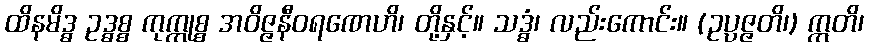
ထိနမိဒ္ဓ ဥဒ္ဓစ္စ ကုက္ကုစ္စ အဝိဇ္ဇနီဝရဏေဟိ၊ တို့နှင့်။ သဒ္ဓံ၊ လည်းကောင်း။ (ဥပ္ပဇ္ဇတိ၊) ဣတိ၊